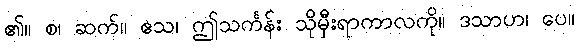
၏။ စ၊ ဆက်။ ဧသ၊ ဤသင်္ကန်း သိုမှီးရာကာလကို။ ဒသာဟ၊ ပေ။